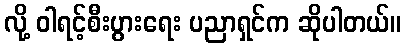
လို့ ဝါရင့်စီးပွားရေး ပညာရှင်က ဆိုပါတယ်။